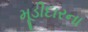
મૂડીદારના